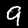
Digit: 9